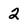
Character: 2